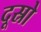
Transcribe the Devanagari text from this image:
दूस्रो